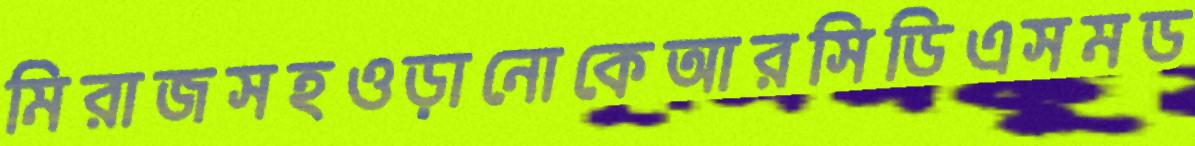
মিরাজসহওড়ানোকেআরসিডিএসমড